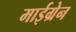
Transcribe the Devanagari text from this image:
माईग्रेन